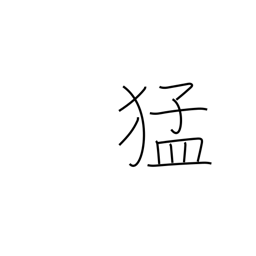
Meaning: strength